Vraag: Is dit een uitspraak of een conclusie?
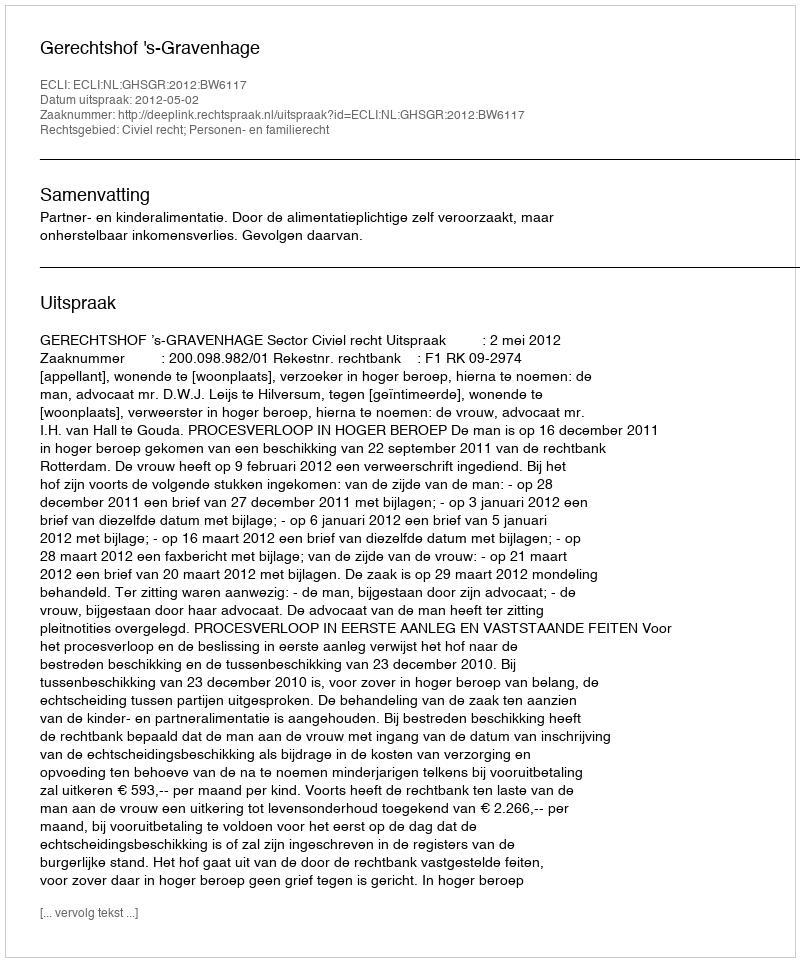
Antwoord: Uitspraak